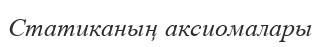
Статиканың аксиомалары